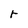
Character: r